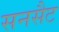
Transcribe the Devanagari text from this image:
सनसैट